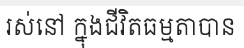
រស់នៅ ក្នុងជីវិតធម្មតាបាន